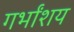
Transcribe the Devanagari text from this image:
गर्भांशय